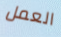
العمل